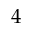
4 \AA